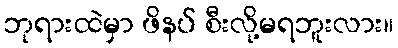
ဘုရားထဲမှာ ဖိနပ် စီးလို့မရဘူးလား။